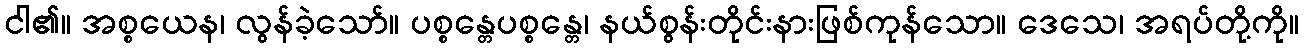
ငါ၏။ အစ္စယေန၊ လွန်ခဲ့သော်။ ပစ္စန္တေပစ္စန္တေ၊ နယ်စွန်းတိုင်းနားဖြစ်ကုန်သော။ ဒေသေ၊ အရပ်တို့ကို။